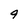
Character: 9